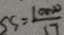
S S = \frac { 1 0 0 0 0 } { 1 7 }